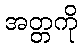
အတ္တကို